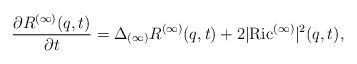
LaTeX: \begin{align*}\frac{\partial R^{(\infty)}(q,t)}{\partial t}=\Delta_{(\infty)}R^{(\infty)}(q,t)+2|{\rm Ric}^{(\infty)}|^2(q,t),\end{align*}